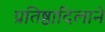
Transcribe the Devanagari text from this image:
प्रतिष्ठादिलाने